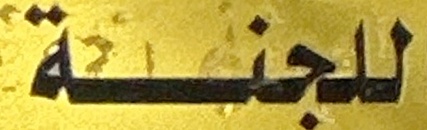
للجنة